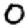
Digit: 0